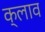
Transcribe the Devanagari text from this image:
क्लाव